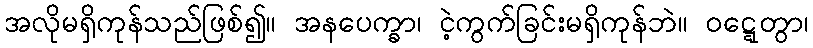
အလိုမရှိကုန်သည်ဖြစ်၍။ အနပေက္ခာ၊ ငဲ့ကွက်ခြင်းမရှိကုန်ဘဲ။ ဝဋ္ဋေတွာ၊